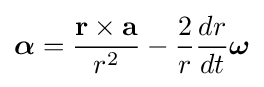
{\boldsymbol {\alpha }}={\frac {\mathbf {r} \times \mathbf {a} }{r^{2}}}-{\frac {2}{r}}{\frac {dr}{dt}}{\boldsymbol {\omega }}